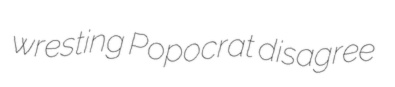
wresting Popocrat disagree